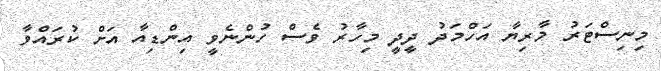
މިނިސްޓަރު މާރިޔާ އަހްމަދު ދީދީ މިހާރު ވެސް ހުންނެވީ އިންޑިއާ އަށް ކުރައްވާ